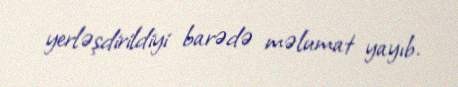
yerləşdirildiyi barədə məlumat yayıb.